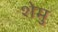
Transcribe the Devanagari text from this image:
शेमु